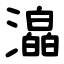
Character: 㵿